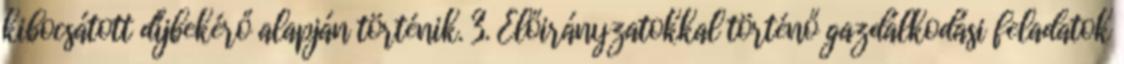
kibocsátott díjbekérő alapján történik. 3. Előirányzatokkal történő gazdálkodási feladatok